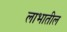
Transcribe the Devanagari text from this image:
लाभातील